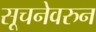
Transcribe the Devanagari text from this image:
सूचनेवरुन